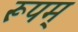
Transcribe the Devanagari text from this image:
रूपम्